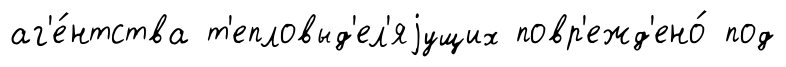
аг'е́нтства т'епловыд'ел'яjущих повр'ежд'ено́ под